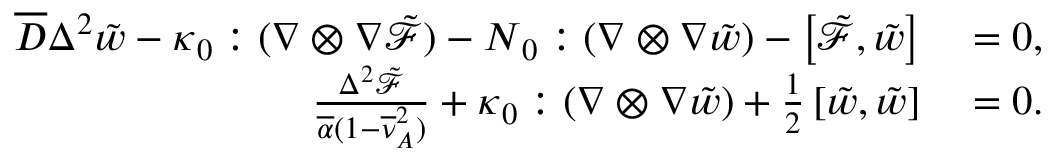
\begin{array} { r l } { \overline { { D } } \Delta ^ { 2 } \tilde { w } - \boldsymbol { { \kappa } } _ { 0 } : ( \nabla \otimes \nabla { \tilde { \mathcal { F } } } ) - \boldsymbol { { N } } _ { 0 } : ( \nabla \otimes \nabla \tilde { w } ) - \left[ \tilde { \mathcal { F } } , \tilde { w } \right] } & { { } = 0 , } \\ { \frac { \Delta ^ { 2 } \tilde { \mathcal { F } } } { \overline { { \alpha } } ( 1 - \overline { { \nu } } _ { A } ^ { 2 } ) } + \boldsymbol { { \kappa } } _ { 0 } : ( \nabla \otimes \nabla \tilde { w } ) + \frac { 1 } { 2 } \left[ \tilde { w } , \tilde { w } \right] } & { { } = 0 . } \end{array}